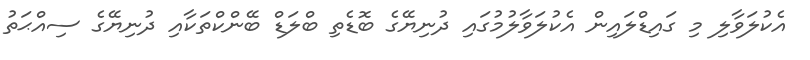
އެކުލަވާލި މި ގައިޑްލައިން އެކުލަވާލުމުގައި ދުނިޔޭގެ ބޮޑެތި ބްލަޑް ބޭންކްތަކާއި ދުނިޔޭގެ ސިއްޙަތު